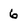
Character: 6